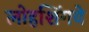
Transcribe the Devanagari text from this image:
लोहशिंगवे